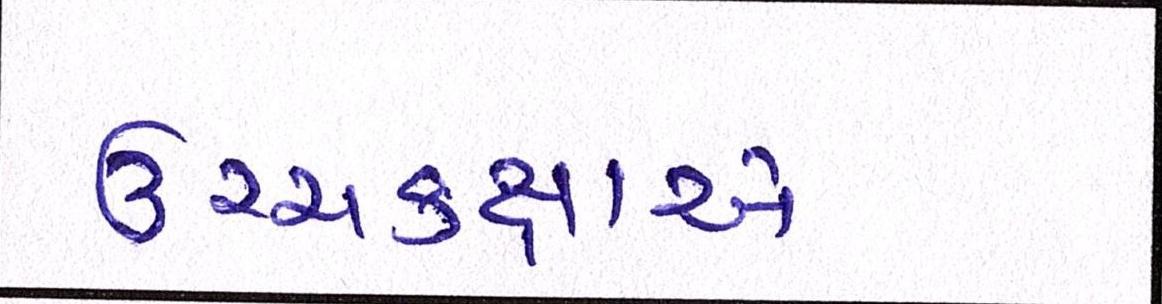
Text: ઉચ્ચકક્ષાએ